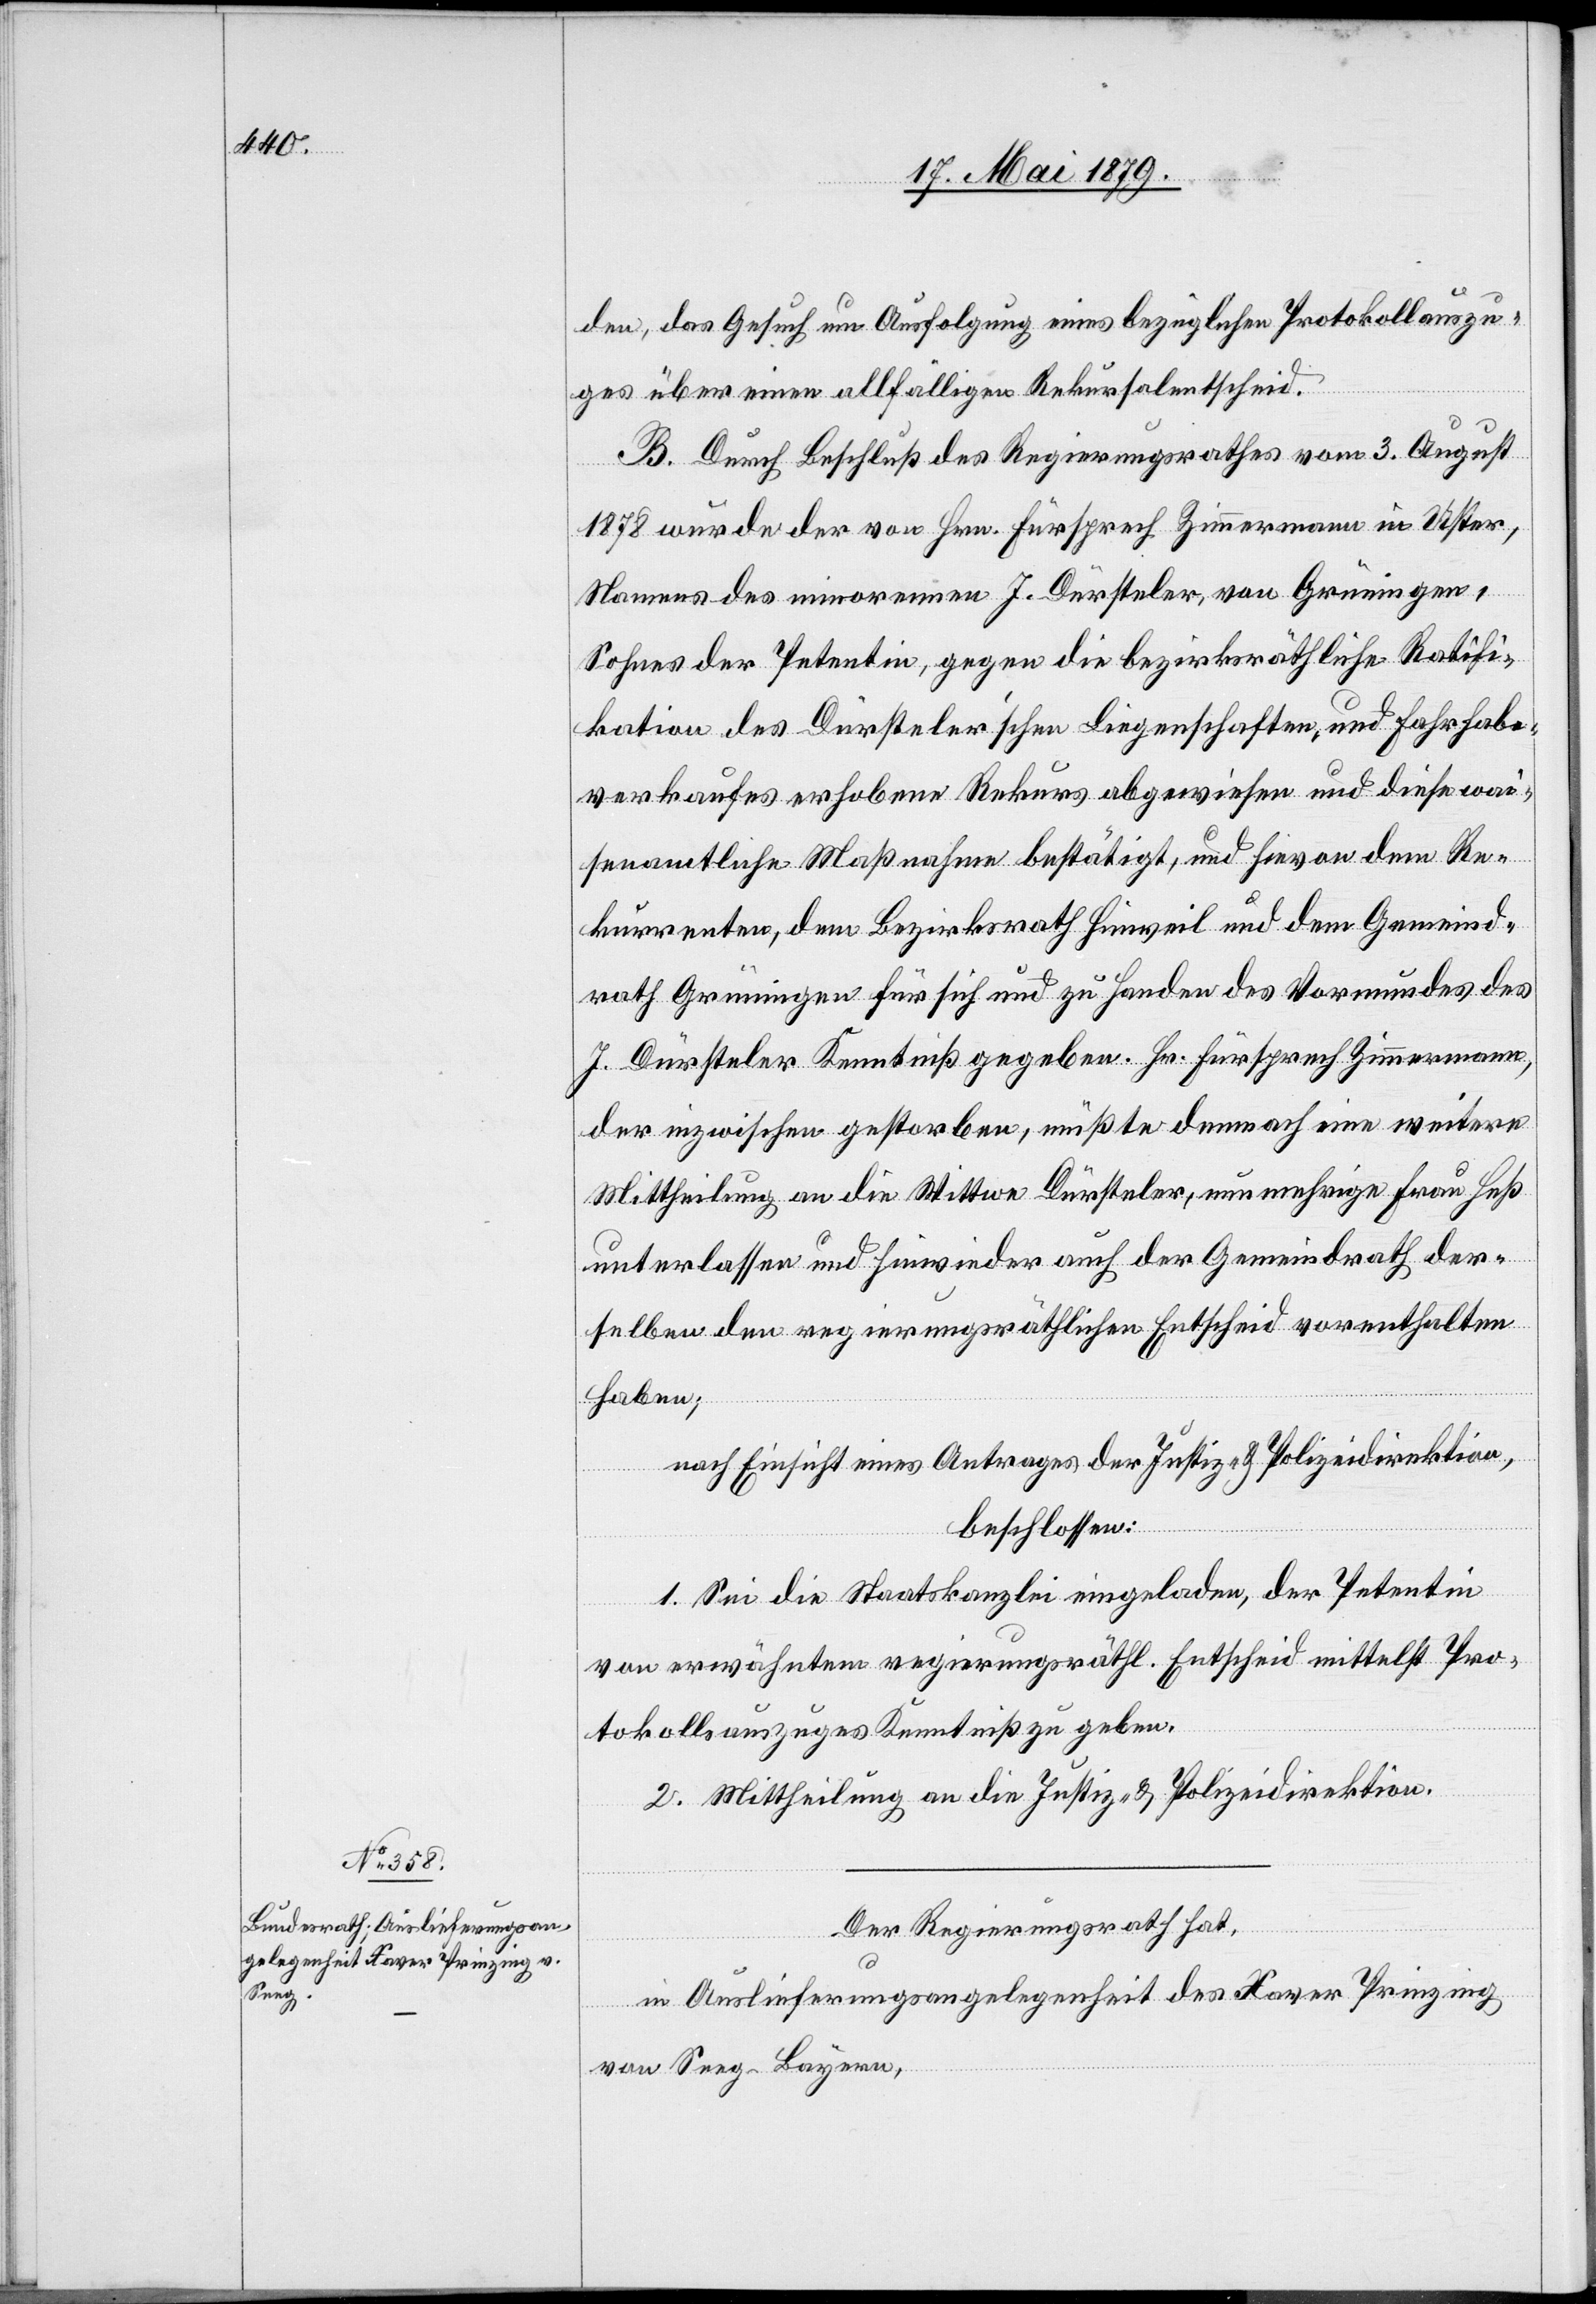
den, das Gesuch um Ausfolgung eines bezüglichen Protokollauszu¬
ges über einen allfälligen Rekursalentscheid.
B. Durch Beschluß des Regierungsrathes vom 3. August
1878 wurde der von Hrn. Fürsprech Zimmermann in Uster,
Namens des minorennen J. Dürsteler, von Grüningen,
Sohnes der Petentin, gegen die bezirksräthliche Ratifi¬
kation des Dürsteler’schen Liegenschaften- und Fahrhabe¬
verkaufes erhobene Rekurs abgewiesen und diese wai¬
senamtliche Maßnahme bestätigt, und hievon dem Re¬
kurrenten, dem Bezirksrath Hinweil und dem Gemeind¬
rath Grüningen für sich und zu Handen des Vormundes des
J. Dürsteler Kenntniß gegeben. Hr. Fürsprech Zimmermann,
der inzwischen gestorben, müßte demnach eine weitere
Mittheilung an die Wittwe Dürsteler, nunmehrige Frau Heß
unterlassen und hinwieder auch der Gemeindrath der¬
selben den regierungsräthlichen Entscheid vorenthalten
haben;
nach Einsicht eines Antrages der Justiz- & Polizeidirektion,
beschlossen:
1. Sei die Staatskanzlei eingeladen, der Petentin
von erwähntem regierungsräthl. Entscheid mittelst Pro¬
tokollsauszuges Kenntniß zu geben.
2. Mittheilung an die Justiz- & Polizeidirektion.
Der Regierungsrath hat,
in Auslieferungsangelegenheit des Xaver Prinzing
von Seeg - Bayern,